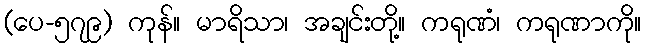
(ပေ-၅၇၉) ကုန်။ မာရိသာ၊ အချင်းတို့။ ကရုဏံ၊ ကရုဏာကို။